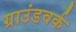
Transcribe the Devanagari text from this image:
ग्राउंडवर्क